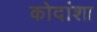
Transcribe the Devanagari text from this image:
कोदांशा